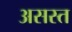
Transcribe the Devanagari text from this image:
असस्त